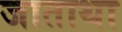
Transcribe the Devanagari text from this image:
जाताथा